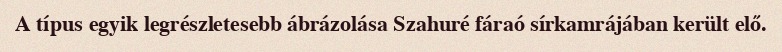
A típus egyik legrészletesebb ábrázolása Szahuré fáraó sírkamrájában került elő.